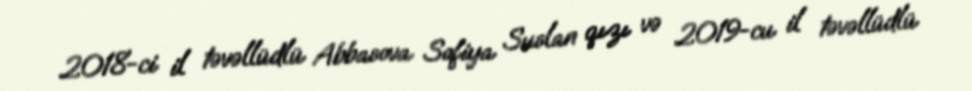
2018-ci il təvəllüdlü Abbasova Sofiya Suslan qızı və 2019-cu il təvəllüdlü